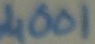
Text: 4001